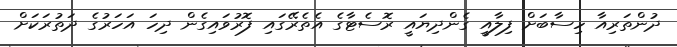
ދުންތަރިއާ ހިސާބަށް ފިލާއީ ގެންދިޔައީ ރޮސެޓާގެ އެތެރޭގައި ފޮރުވައިގެން ދިހަ އަހަރުގެ ދަތުރަކަށް